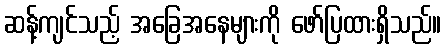
ဆန့်ကျင်သည့် အခြေအနေများကို ဖော်ပြထားရှိသည်။